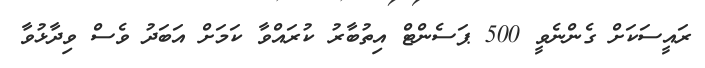
ރައީސަކަށް ގެންނެވީ 500 ޕަސެންޓް އިތުބާރު ކުރައްވާ ކަމަށް އަބަދު ވެސް ވިދާޅުވާ